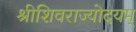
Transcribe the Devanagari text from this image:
श्रीशिवराज्योदयम्